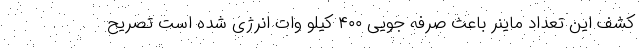
کشف این تعداد ماینر باعث صرفه جویی ۴۰۰ کیلو وات انرژی شده است تصریح